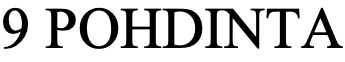
9 POHDINTA